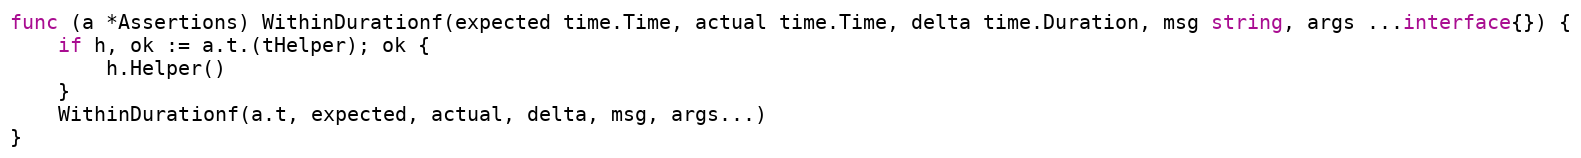
Language: Go
func (a *Assertions) WithinDurationf(expected time.Time, actual time.Time, delta time.Duration, msg string, args ...interface{}) {
	if h, ok := a.t.(tHelper); ok {
		h.Helper()
	}
	WithinDurationf(a.t, expected, actual, delta, msg, args...)
}